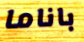
باناما